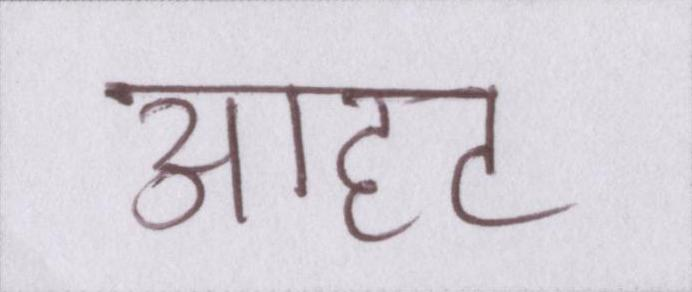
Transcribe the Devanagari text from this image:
आहट